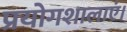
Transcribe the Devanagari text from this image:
प्रयोगशालाएं।